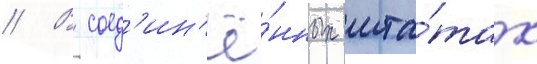
// В соед'ин'ё́нных шта́тах